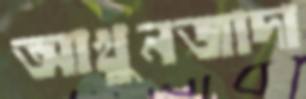
আখুনজাদা